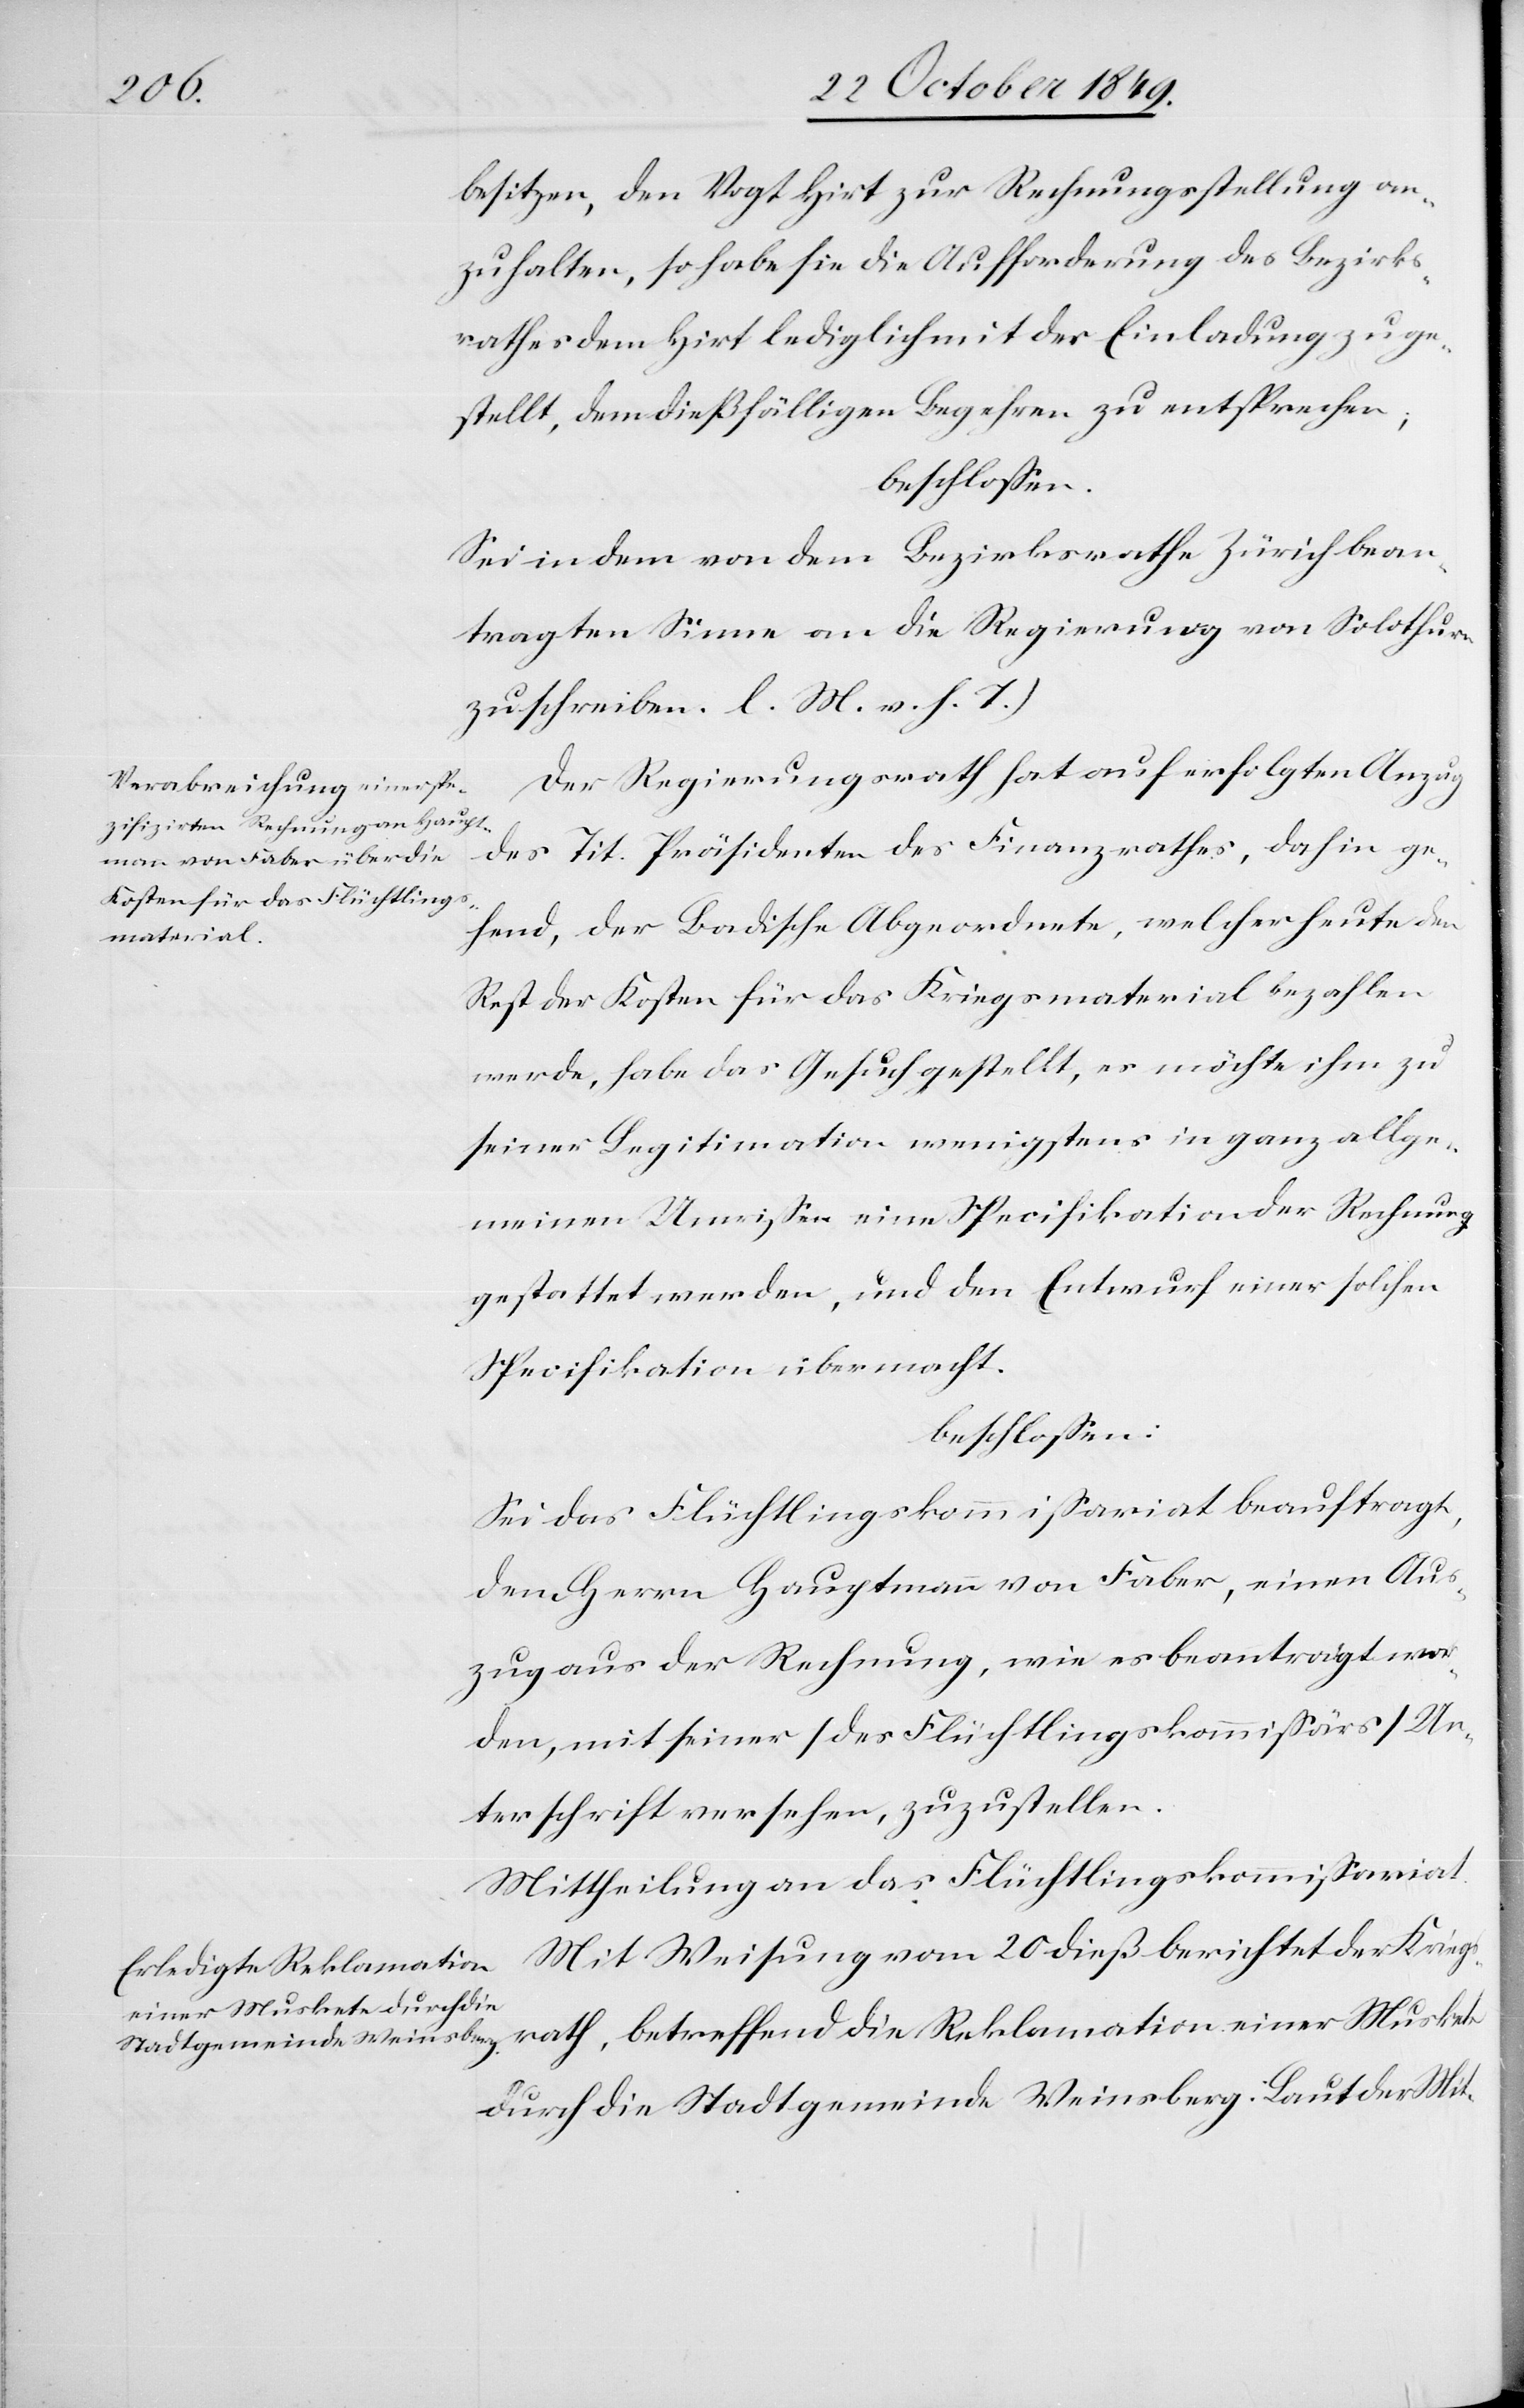
besitzen, den Vogt Hirt zur Rechnungsstellung an¬
zuhalten, so habe sie die Aufforderung des Bezirks¬
rathes dem Hirt lediglich mit der Einladung zuge¬
stellt, dem dießfälligen Begehren zu entsprechen;
Sei in dem von dem Bezirksrathe Zürich bean¬
tragten Sinne an die Regierung von Solothurn
zu schreiben. [l. M. v. h. T]
Der Regierungsrath hat auf erfolgten Anzug
des Tit. Präsidenten des Finanzrathes, dahin ge¬
hend, der Badische Abgeordnete, welcher heute den
Muskete
Rest der Kosten für das Kriegsmaterial bezahlen
werde, habe das Gesuch gestellt, es möchte ihm zu
seiner Legitimation wenigstens in ganz allge¬
meinen Umrißen eine Specifikation der Rechnung
gestattet werden, und den Entwurf einer solchen
Specifikation übermacht.
beschloßen:
Sei das Flüchtlingskommißariat beauftragt,
dem Herrn Hauptmann von Faber, einen Aus¬
zug aus der Rechnung, wie es beantragt wor¬
den, mit seiner [des Flüchtlingskommißärs] Un¬
terschrift versehen, zuzustellen.
Mit Weisung vom 20 dieß berichtet der Krieg¬
durch die Stadtgemeinde Weinsberg. Laut der Mit-